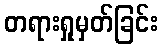
တရားရှုမှတ်ခြင်း